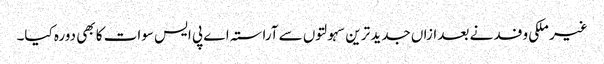
غیر ملکی وفد نے بعد ازاں جدید ترین سہولتوں سے آراستہ اے پی ایس سوات کا بھی دورہ کیا۔